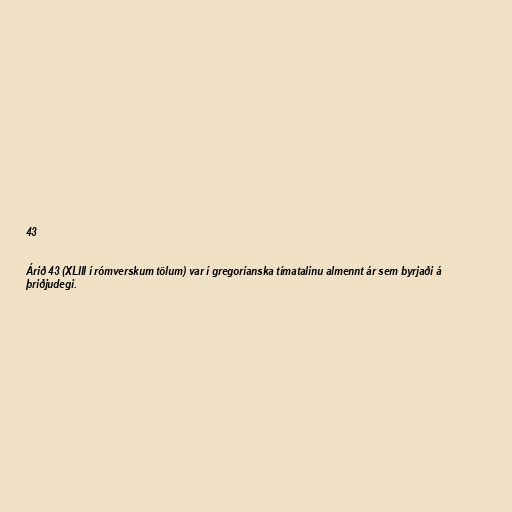
43

Árið 43 (XLIII í rómverskum tölum) var í gregoríanska tímatalinu almennt ár sem byrjaði á
þriðjudegi.